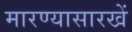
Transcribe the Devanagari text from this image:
मारण्यासारखें